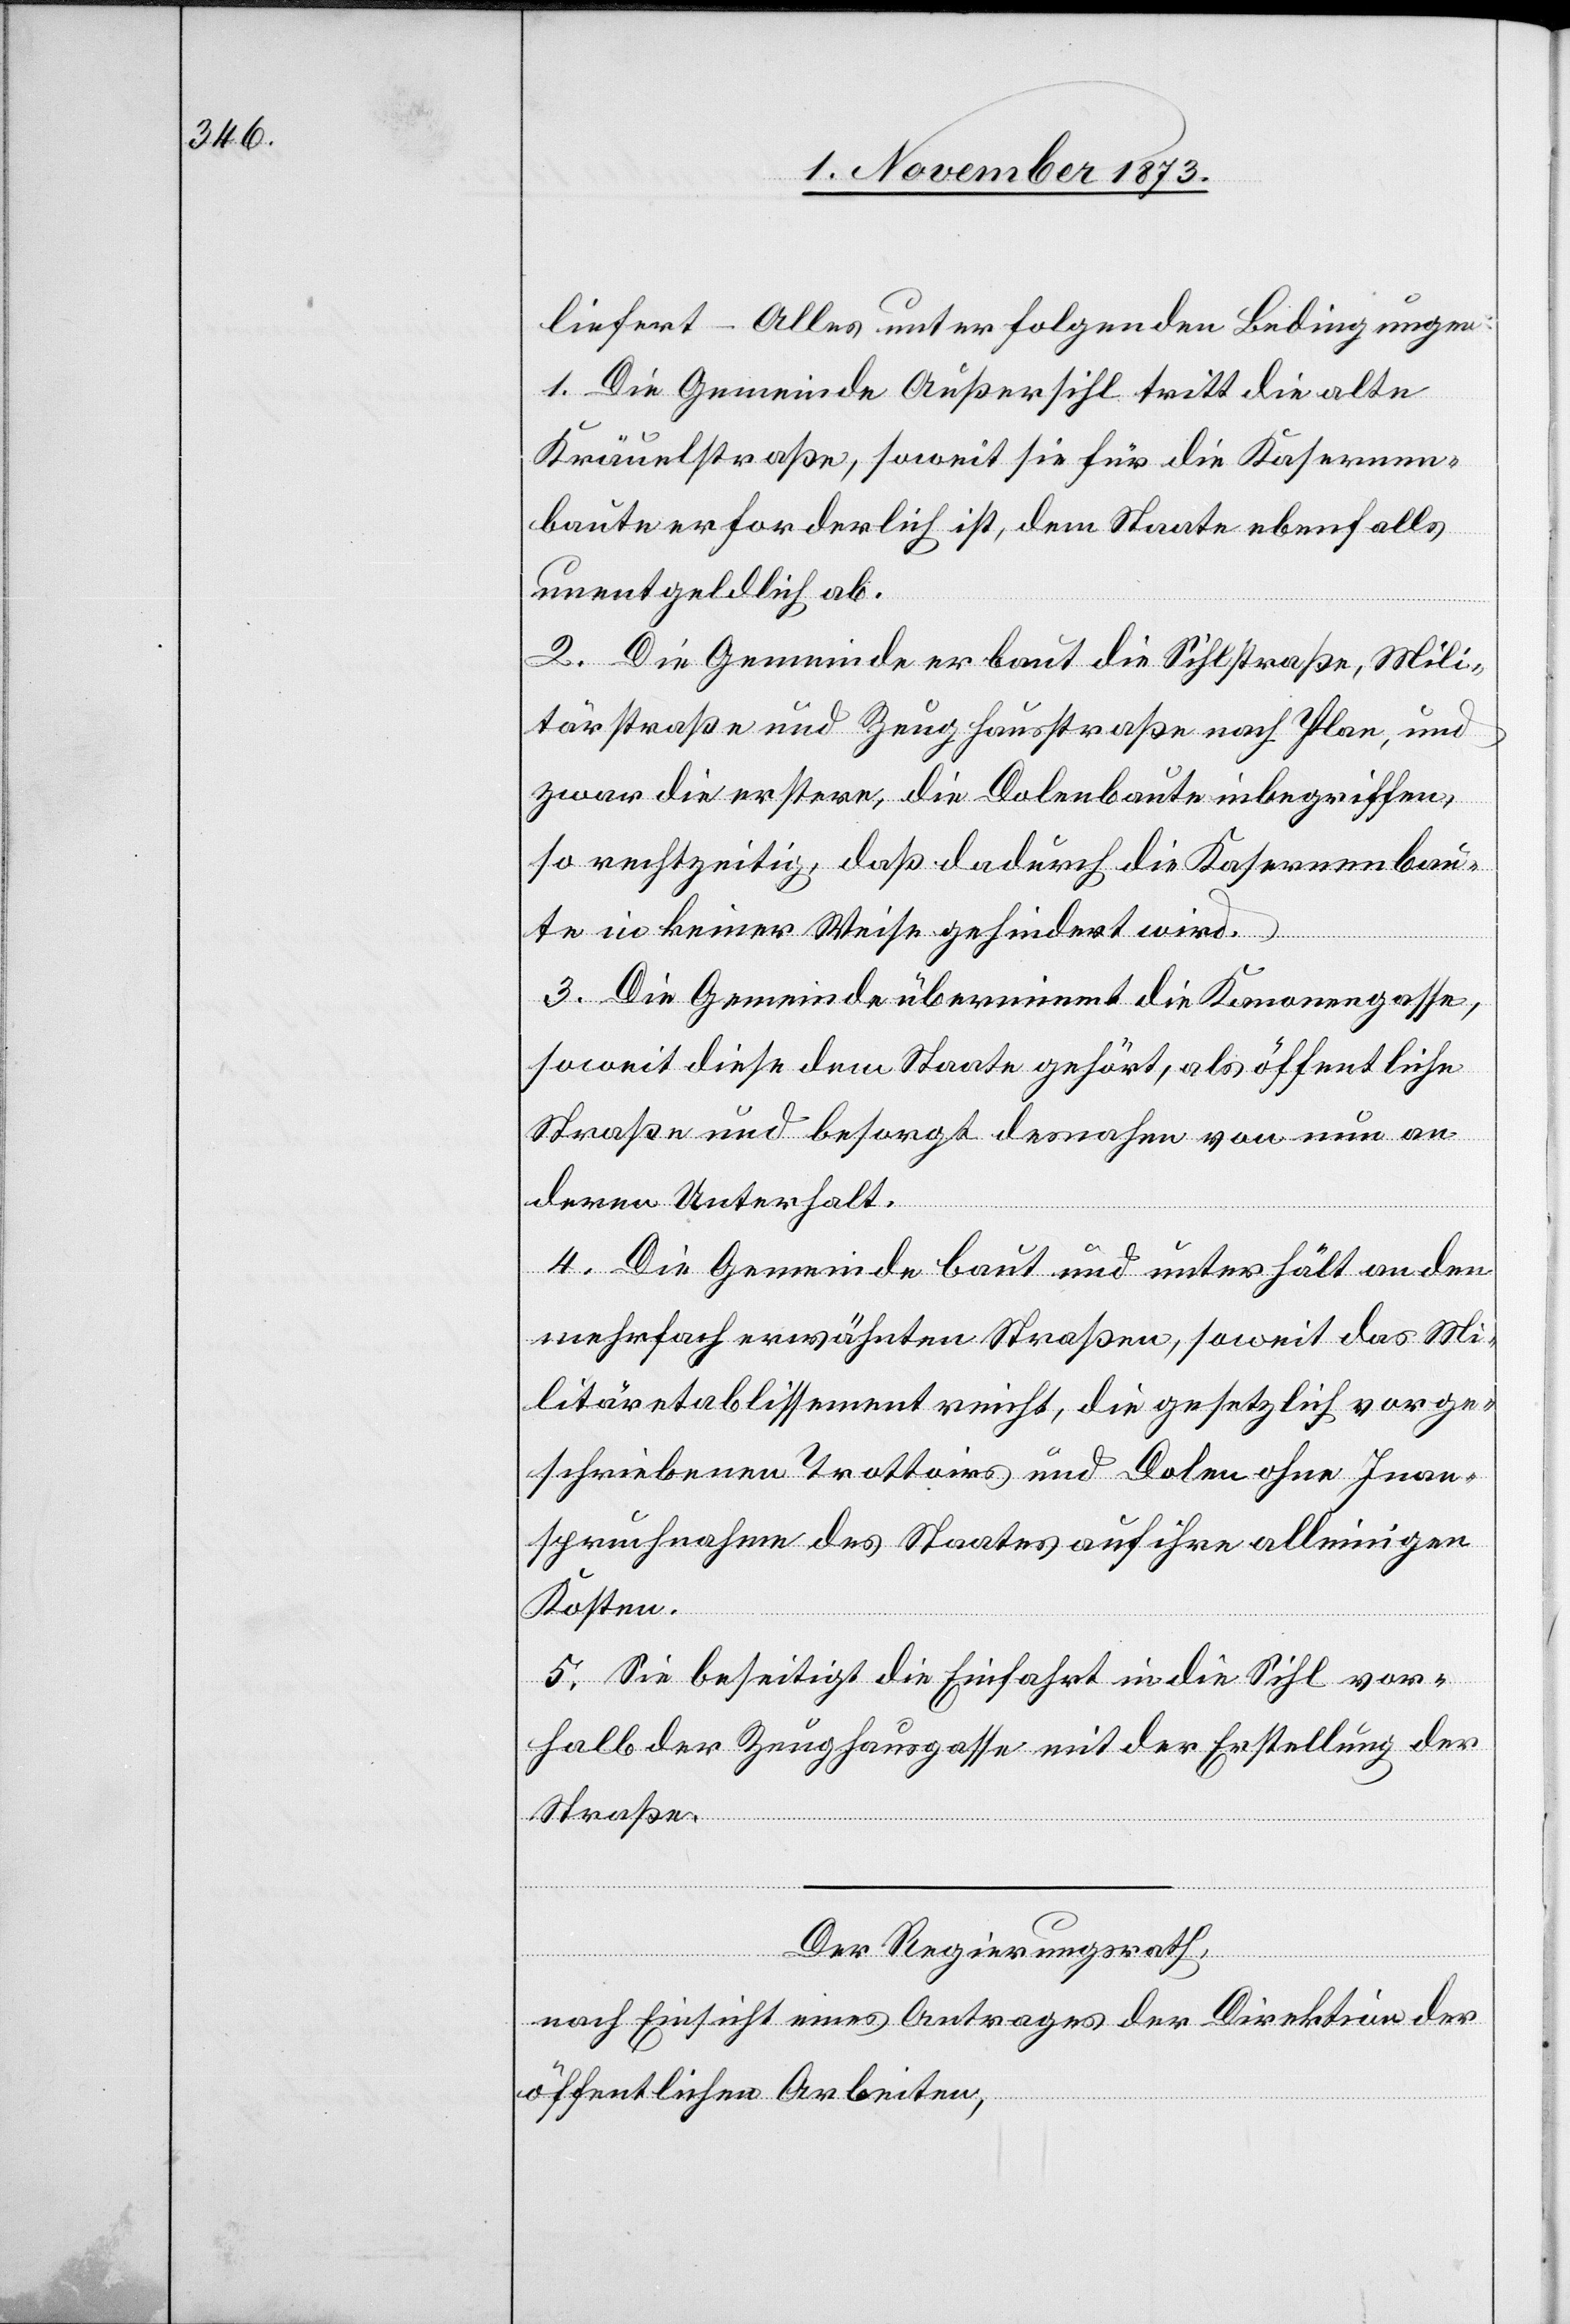
liefert – Alles unter folgenden Bedingungen:
1. Die Gemeinde Außersihl tritt die alte
Kräuelstraße, soweit sie für die Kasernen¬
baute erforderlich ist, dem Staate ebenfalls
unentgeldlich ab.
2. Die Gemeinde erbaut die Sihlstraße, Mili¬
tärstraße und Zeughausstraße nach Plan, und
zwar die erstere, die Dolenbaute inbegriffen,
so rechtzeitig, daß dadurch die Kasernenbau¬
te in keiner Weise gehindert wird.
3. Die Gemeinde übernimmt die Kanonengasse,
soweit diese dem Staate gehört, als öffentliche
Straße und besorgt desnahen von nun an
deren Unterhalt.
4. Die Gemeinde baut und unterhält an den
mehrfach erwähnten Straßen, soweit das Mi¬
litäretablissement reicht, die gesetzlich vorge¬
schriebenen Trottoirs und Dolen ohne Inan¬
spruchnahme des Staates auf ihre alleinigen
Kosten.
5. Sie beseitigt die Einfahrt in die Sihl vor¬
halb der Zeughausgasse mit der Erstellung der
Straße.
Der Regierungsrath,
nach Einsicht eines Antrages der Direktion der
öffentlichen Arbeiten,